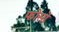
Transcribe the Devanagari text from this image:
फोसो